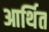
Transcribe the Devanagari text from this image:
आर्थित